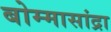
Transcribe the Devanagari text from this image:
बोम्मासांद्रा